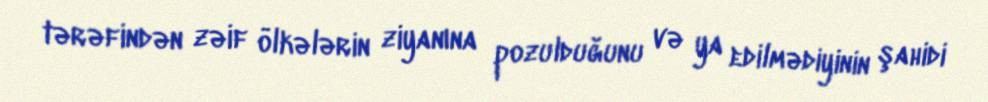
tərəfindən zəif ölkələrin ziyanına pozulduğunu və ya edilmədiyinin şahidi